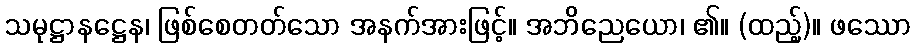
သမုဋ္ဌာနဋ္ဌေန၊ ဖြစ်စေတတ်သော အနက်အားဖြင့်။ အဘိညေယော၊ ၏။ (ထည့်)။ ဖဿော